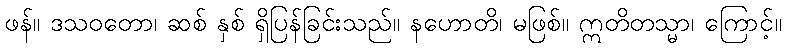
ဖန်။ ဒသဝတော၊ ဆစ် နှစ် ရှိပြန်ခြင်းသည်။ နဟောတိ၊ မဖြစ်။ ဣတိတသ္မာ၊ ကြောင့်။